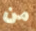
من